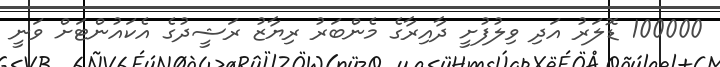
100000 ޑޮލަރު އަދި ވިލުފުށީ ދާއިރާގެ މެންބަރު ރިޔާޒު ރަޝީދުގެ އެކައުންޓަށް ވަނީ